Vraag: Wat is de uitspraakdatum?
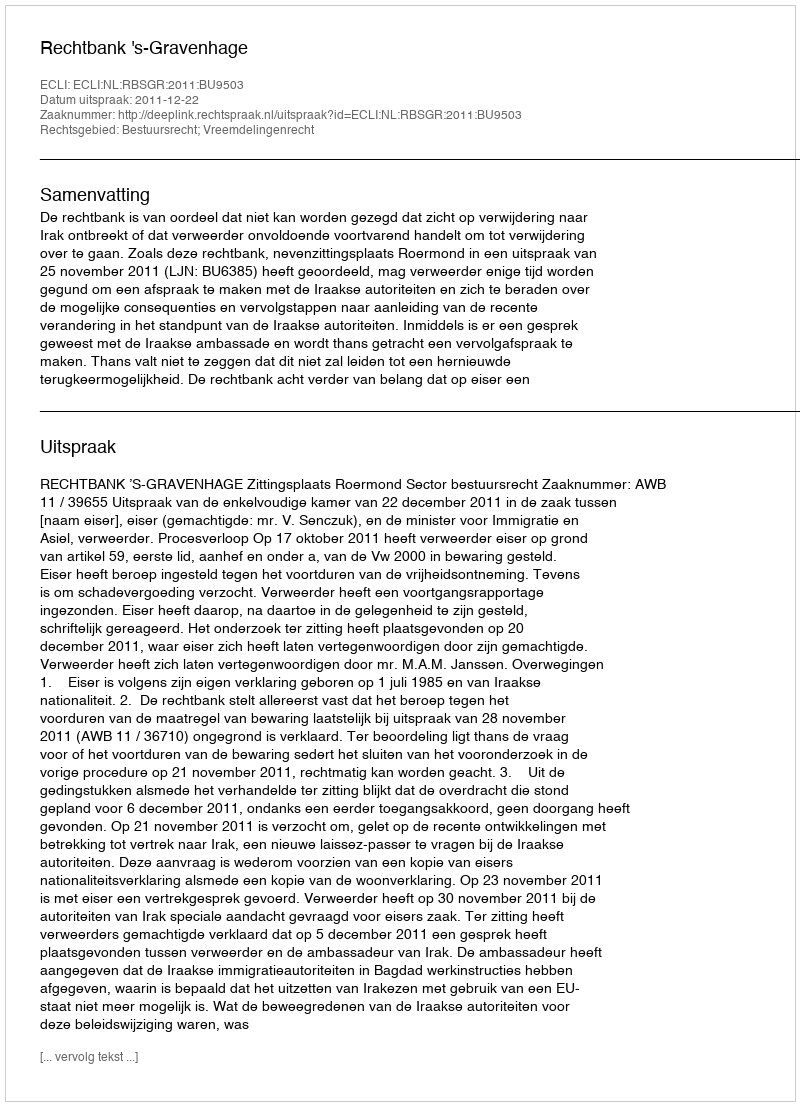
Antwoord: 2011-12-22